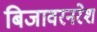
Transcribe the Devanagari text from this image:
बिजावरनरेश